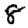
Digit: 8